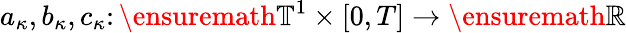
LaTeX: a_{\kappa},b_{\kappa},c_{\kappa}\colon\ensuremath{\mathbb{T}}^{1}\times[0,T]\to\ensuremath{\mathbb{R}}